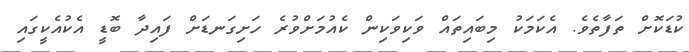
ކުޑަކޮށް ތަފާތެވެ. އެކަމަކު މިބައިތައް ވަކިވަކިން ކެއުމަށްވުރެ ހަށިގަނޑަށް ފައިދާ ބޮޑީ އެކުއެކީގައި